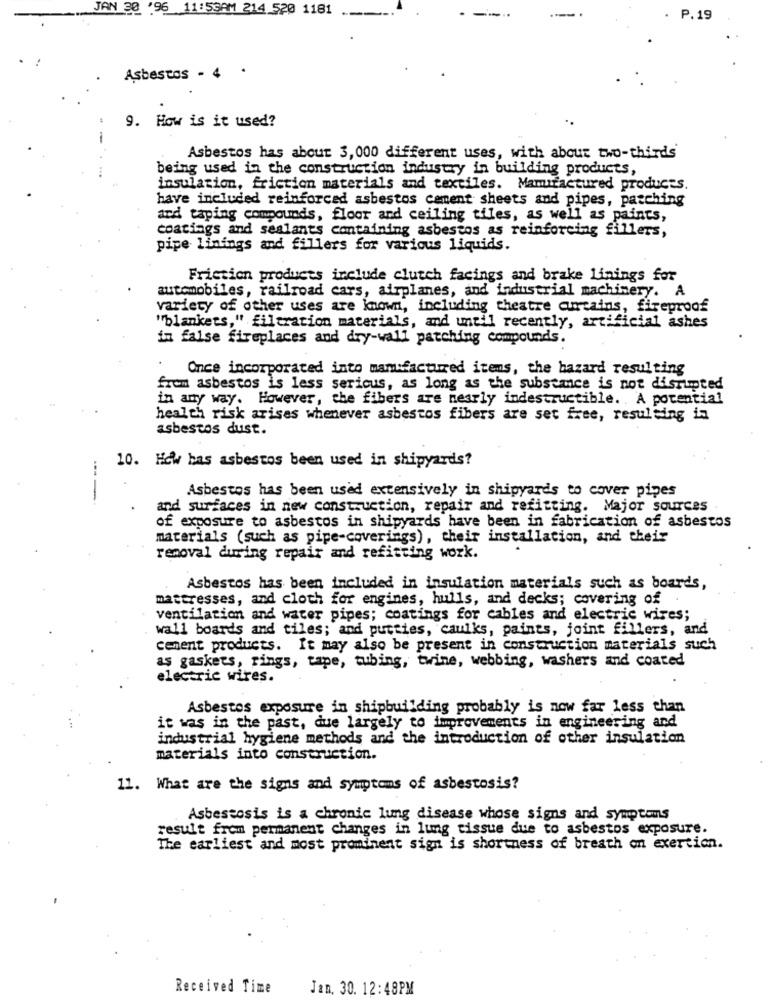
JAN 30 '96 11:53AM 214 520 1181
P. 19
Asbestos - 4 .
9. How is it used?
-
Asbestos has about 3, 000 different uses, with about two-thirds
being used in the construction industry in building products,
insulation, friction materials and textiles. Mamifactured products.
have included reinforced asbestos cement sheets and pipes, patching
and taping compounds, floor and ceiling tiles, as well as paints,
coatings and sealants containing asbestos as reinforcing fillers,
pipe linings and fillers for various liquids.
Friction products include clutch facings and brake linings for
automobiles, railroad cars, airplanes, and industrial machinery. A
variety of other uses are known, including theatre curtains, fireproof
"blankets," filtration materials, and until recently, artificial ashes
in false fireplaces and dry-wall patching compounds.
Once incorporated into manufactured items, the hazard resulting
from asbestos is less sericus, as long as the substance is not disrupted
in any way. However, the fibers are nearly indestructible. A potential
health risk arises whenever asbestos fibers are set free, resulting in
asbestos dust.
10. How bas asbestos been used in shipyards?
Asbestos has been used extensively in shipyards to cover pipes
-
and surfaces in new construction, repair and refitting. Major sources
of exposure to asbestos in shipyards have been in fabrication of asbestos
materials (such as pipe-coverings), their installation, and their
removal during repair and refitting work.
Asbestos has been included in insulation materials such as boards,
mattresses, and cloth for engines, hulls, and decks; covering of
ventilation and water pipes; coatings for cables and electric wires;
wall boards and tiles; and putties, caulks, paints, joint fillers, and
cement products. It may also be present in construction materials such
as gaskets, rings, tape, tubing, twine, webbing, washers and coated
electric wires.
Asbestos exposure in shipbuilding probably is now far less than
it was in the past, due largely to improvements in engineering and
industrial hygiene methods and the introduction of other insulation
materials into construction.
11. What are the signs and symptoms of asbestosis?
Asbestosis is a chronic lung disease whose signs and symptoms
result from permanent changes in lung tissue due to asbestos exposure.
The earliest and most prominent sign is shortness of breath on exertion.
Received Time
Jan. 30. 12:48PM